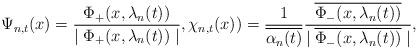
LaTeX: \begin{align*}\Psi_{n,t}(x)=\frac{\Phi_{+}(x,\lambda_{n}(t))}{\mid\Phi_{+}(x,\lambda_{n}(t))\mid},\chi_{n,t}(x))=\frac{1}{\overline{\alpha_{n}(t)}}\frac{\overline{\Phi_{-}(x,\lambda_{n}(t))}}{\mid\overline{\Phi_{-}(x,\lambda_{n}(t))}\mid},\end{align*}